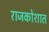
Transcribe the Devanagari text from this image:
राजकोशात